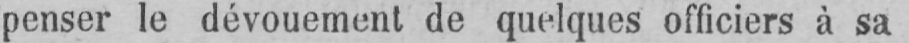
penser le dévouement de quelques officiers à sa